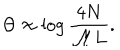
\Theta \approx \log \displaystyle \frac { 4 N } { { \cal M } L } .